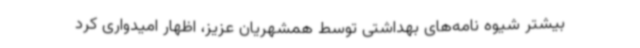
بیشتر شیوه نامه‌های بهداشتی توسط همشهریان عزیز، اظهار امیدواری کرد